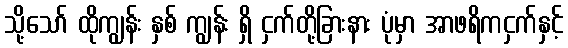
သို့သော် ထိုကျွန်း နှစ် ကျွန်း ရှိ ငှက်တို့ခြားနား ပုံမှာ အာဖရိကငှက်နှင့်